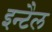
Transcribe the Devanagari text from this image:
इन्टैल